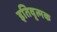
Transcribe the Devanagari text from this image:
इतिवृत्मक